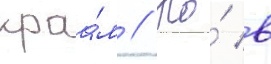
краа́м // Но́ в